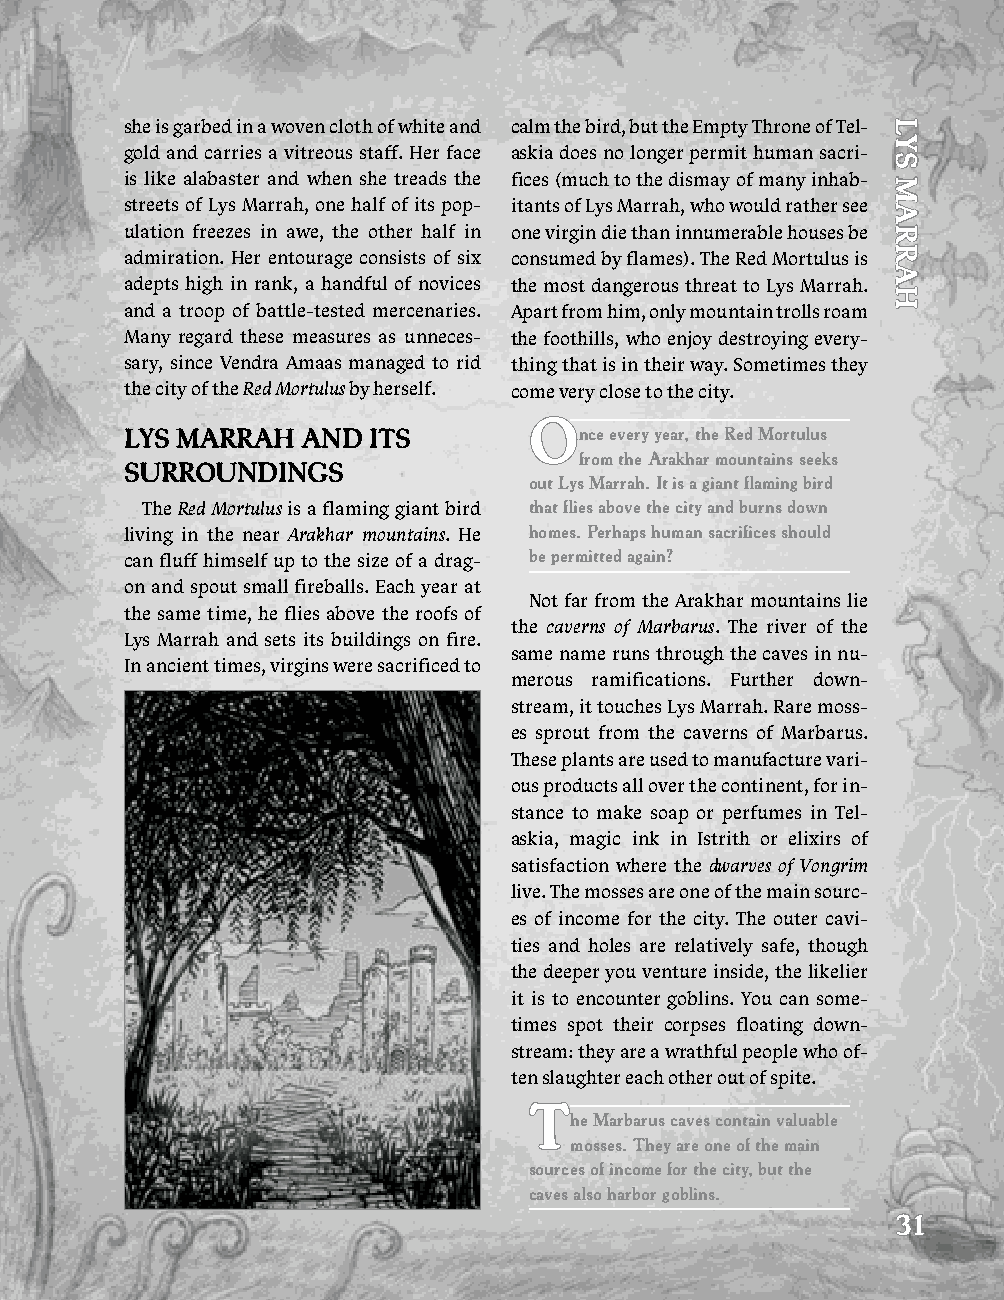
she is garbed in a woven cloth of white and calm the bird, but the Empty Throne of Tel-
 gold and carries a vitreous staff. Her face askia does no longer permit human sacri-
 is like alabaster and when she treads the fices (much to the dismay of many inhab-
 streets of Lys Marrah, one half of its pop- itants of Lys Marrah, who would rather see
 ulation freezes in awe, the other half in one virgin die than innumerable houses be
 admiration. Her entourage consists of six consumed by flames). The Red Mortulus is
 adepts high in rank, a handful of novices the most dangerous threat to Lys Marrah.
 and a troop of battle-tested mercenaries. Apart from him, only mountain trolls roam
 Many regard these measures as unneces- the foothills, who enjoy destroying every-
 sary, since Vendra Amaas managed to rid thing that is in their way. Sometimes they
 the city of the Red Mortulus by herself. come very close to the city.
 O
 lyS marrah  aNd iTS           nce every year, the red mortulus
 from the arakhar mountains seeks
 SurrOuNdiNGS
 out lys marrah. it is a giant flaming bird
 The Red Mortulus is a flaming giant bird that flies above the city and burns down
 living in the near Arakhar mountains. He homes. Perhaps human sacrifices should
 can fluff himself up to the size of a drag- be permitted again?
 on and spout small fireballs. Each year at
 Not far from the Arakhar mountains lie
 the same time, he flies above the roofs of
 the caverns of Marbarus. The river of the
 Lys Marrah and sets its buildings on fire.
 same name runs through the caves in nu-
 In ancient times, virgins were sacrificed to
 merous ramifications. Further down-
 stream, it touches Lys Marrah. Rare moss-
 es sprout from the caverns of Marbarus.
 These plants are used to manufacture vari-
 ous products all over the continent, for in-
 stance to make soap or perfumes in Tel-
 askia, magic ink in Istrith or elixirs of
 satisfaction where the dwarves of Vongrim
 live. The mosses are one of the main sourc-
 es of income for the city. The outer cavi-
 ties and holes are relatively safe, though
 the deeper you venture inside, the likelier
 it is to encounter goblins. You can some-
 times spot their corpses floating down-
 stream: they are a wrathful people who of-
 ten slaughter each other out of spite.
 T
 he marbarus caves contain valuable
 mosses. They are one of the main
 sources of income for the city, but the
 caves also harbor goblins.
 31
 lyS
 marrah